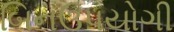
બિનઉપયોગી